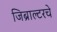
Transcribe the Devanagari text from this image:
जिब्राल्टरचे